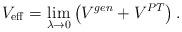
LaTeX: \begin{align*}V_{\rm eff}=\lim_{\lambda\rightarrow 0} \left(V^{gen}+V^{PT}\right).\end{align*}